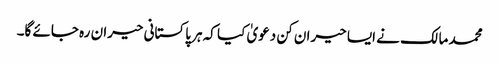
محمد مالک نے ایسا حیران کن دعویٰ کیا کہ ہر پاکستانی حیران رہ جائے گا۔